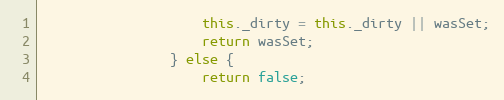
Language: JavaScript
                    this._dirty = this._dirty || wasSet;
                    return wasSet;
                } else {
                    return false;